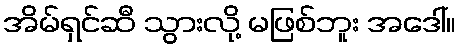
အိမ်ရှင်ဆီ သွားလို့ မဖြစ်ဘူး အဒေါ်။